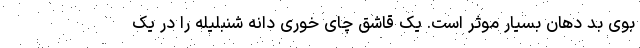
بوی بد دهان بسیار موثر است. یک قاشق چای خوری دانه شنبلیله را در یک